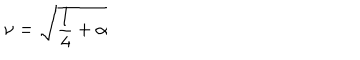
\nu = \sqrt { \frac { 1 } { 4 } + \alpha }